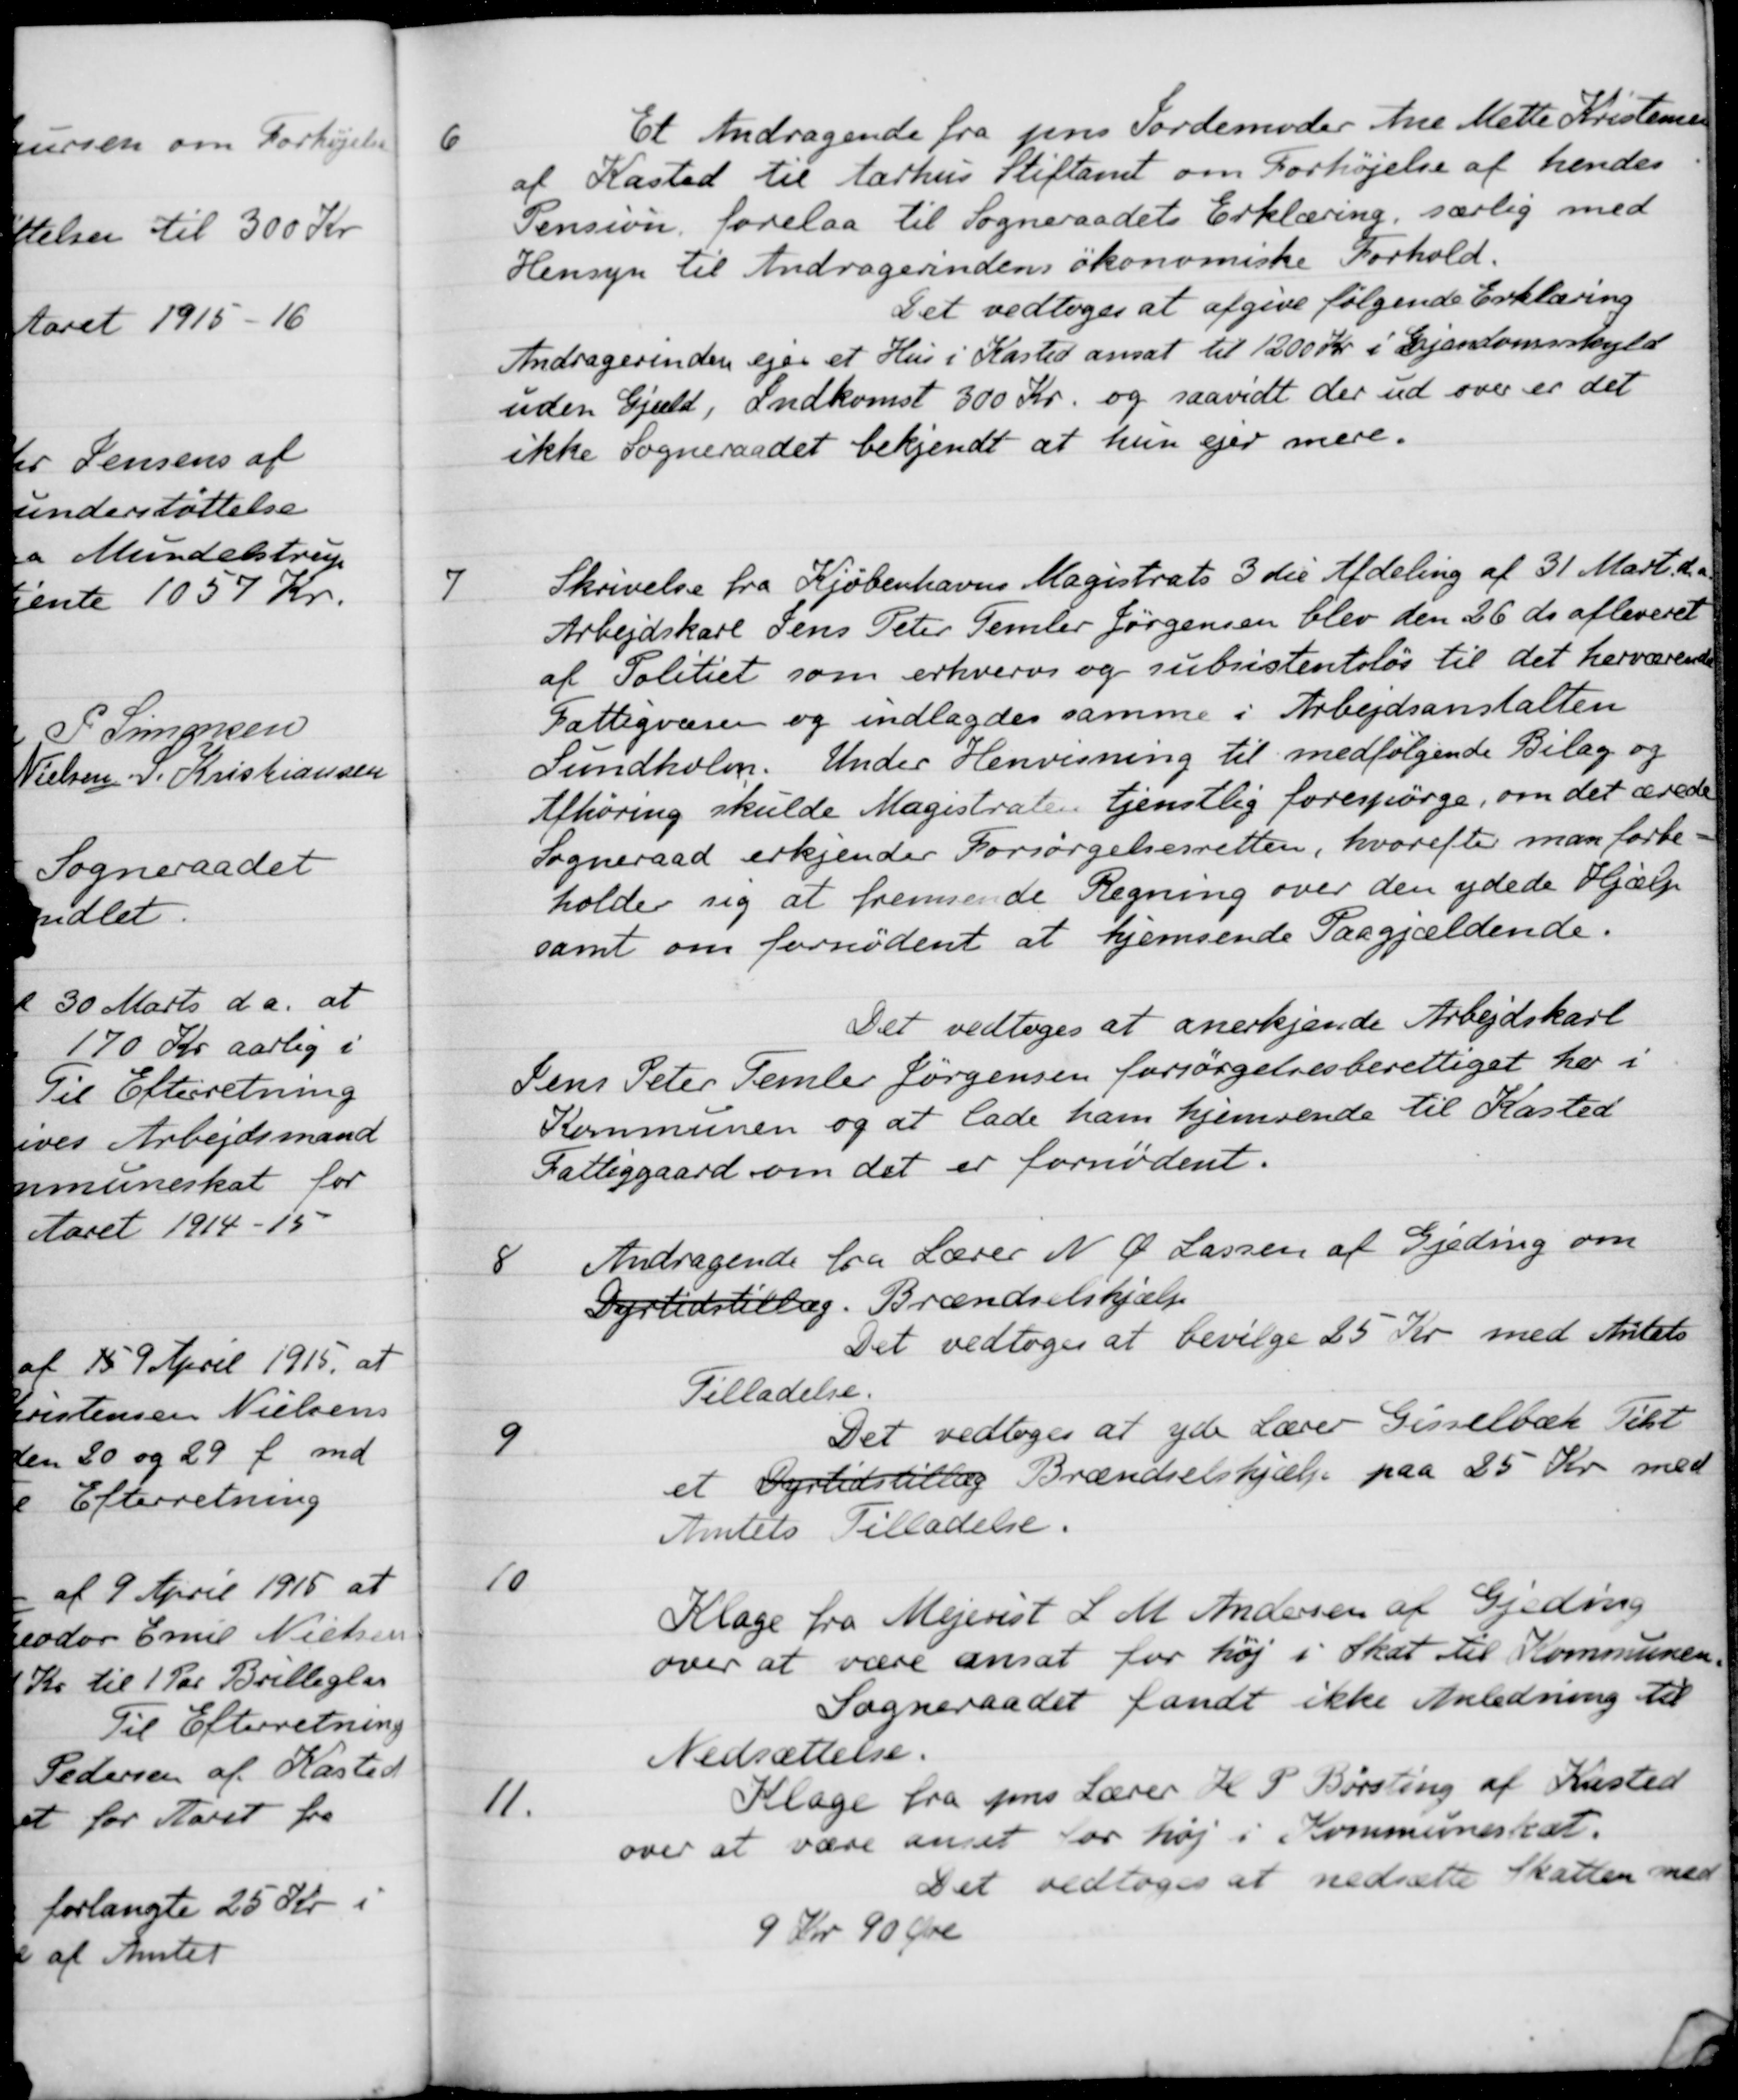
Transskription:
6
Et Andragende fra pens Jordemoder Ane Mette Kristensen
af Kasted til Aarhus Stiftamt om Forhøjelse af hendes
Pension forelaa til Sogneraadets Erklæring, særlig med
Hensyn til Andragerindens økonomiske Forhold.
Det vedtoges at afgive følgende Erklæring
Andragerinden ejer et Hus i Kasted ansat til 1200 Kr. i Ejendomsskyld
uden Gjæld, Indkomst 300 Kr. og saavidt der ud over er det
ikke Sogneraadet bekjendt at hun ejer mere.
7
Skrivelse fra Kjøbenhavns Magistrats 3 die Afdeling af 31 Marts d.
Arbejdskarl Jens Peter Temler Jørgensen blev den 26 ds afleveret
af Politiet som erhvervs og subsistentsløs til det herværende
Fattigvæsen og indlagdes samme i Arbejdsanstalten
Sundholm. Under Henvisning til medfølgende Bilag og
Afhøring skulde Magistralen tjenstlig forespørge, om det ærede
Sogneraad erkjender Forsørgelsesretten, hvorefter man forbe
holder sig at fremsende Regning over den ydede Hjælp
samt om fornødent at hjemsende Paagjældende.
Det vedtoges at anerkjende Arbejdskarl
Jens Peter Temler Jørgensen forsørgelsesberettiget her i
Kommunen og at lade ham hjemsende til Kasted
Fattiggaard om det er fornødent.
8
Andragende fra Lærer N. Ø. Lassen af Gjeding om
Dyrtidstillæg. Brændselshjælp
Det vedtoges at bevilge 25 Kr. med Amtets
Tilladelse.
9
Det vedtoges at yde Lærer Gisselbæk Tilst
et Dyrtidstillæg Brændselshjælp paa 25 Kr. med
Amtets Tilladelse.
10
Klage fra Mejerist L. M. Andersen af Gjeding
over at være ansat for høj i Skat til Kommunen.
Sogneraadet fandt ikke Anledning til
Nedsættelse.
11.
Klage fra pens Lærer K P Børsting af Kasted
over at være anset for høj i Kommuneskat.
Det vedtoges at nedsætte Skatten med
9 Kr 90 Øre